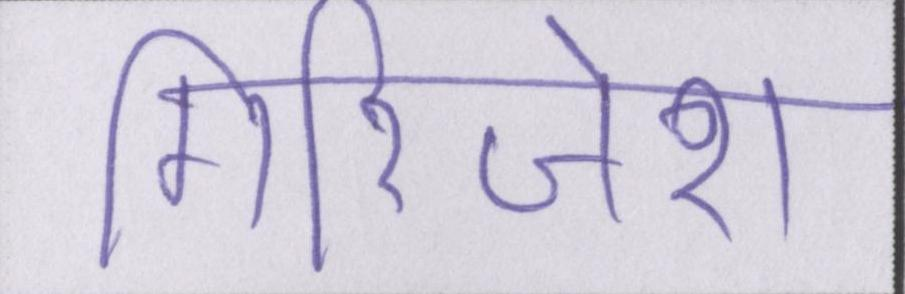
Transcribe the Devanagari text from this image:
गिरिजेश